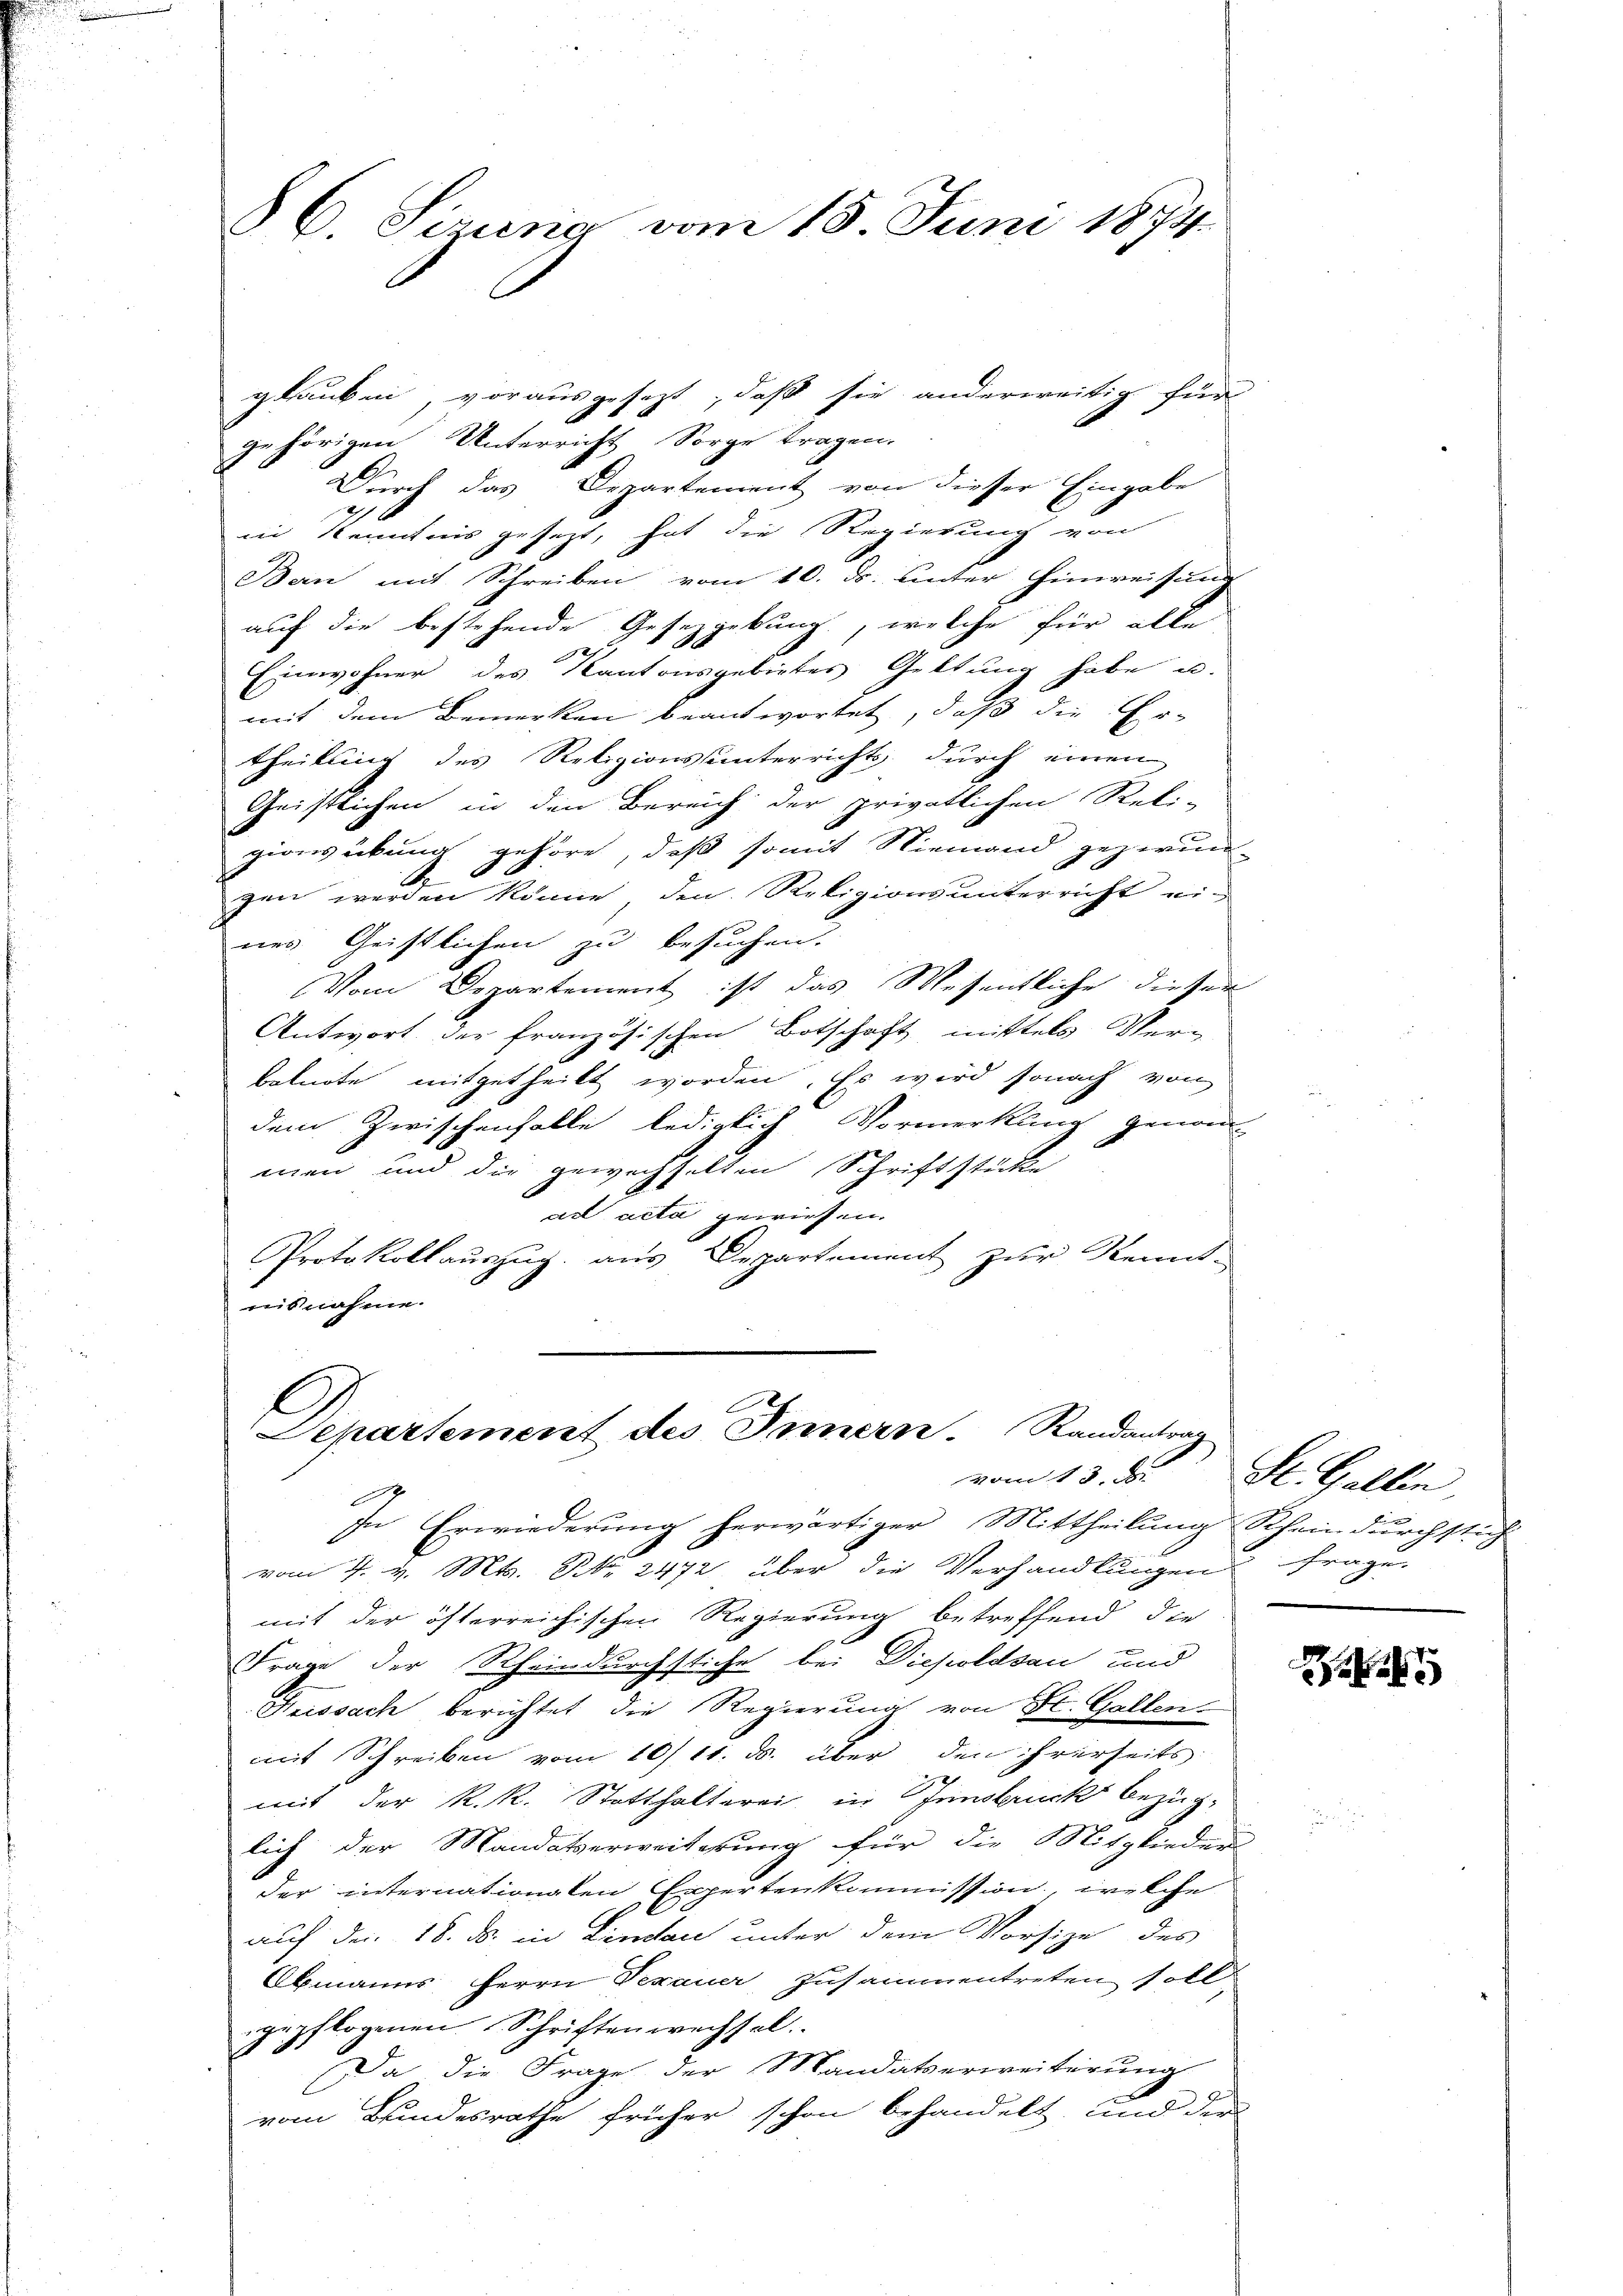
§ 6. Sizung vom 15. Juni 1874.

glauben vorausgesezt, daß sie anderweitig für
gehörigen Unterricht Sorge tragen.
Durch das Departement von dieser Eingabe
in Kenntnis gesezt, hat die Regierung von
Bern mit Schreiben vom 10. ds. unter Hinweisung
auf die bestehende Gesetzgebung, welche für alle
Einwohner des Kantonsgebietes Geltung habe u.
mit dem Bemerken beantwortet, daß die Ertheilung des Religionsunterrichts durch einen
Geistlichen in den Bereich der privatlichen Reli-
zionsübung gehöre, daß somit Niemand gezwun-
gen werden könne, den Religionsunterricht ei-
ner Geistlichen zu besuchen.
Vom Departement ist das Wesentliche dieser
Antwort der französischen Botschaft mittels Verg
beknote mitgetheilt worden. Es wird sonach von
dem Zwischenhalle lediglich Vormerkung genom-
men und die gewachselten Schriftstücke
ad acta gewiesen.
Protokollauszug aus Departement zur Kennt-
nisnahme.

Departement des Innern. Randantrag
vom 13. d.

d
In Erwiederung herwärtiger Mittheilung Schein durchstich
vom 4. v. Mts. N. 2472 über die Verhandlungen frage
mit der österreichischen Regierung betreffend die
Frage der Scheindurchstiche bei Diesoldsau und
Heissach berichtet die Regierung von St. Gallen-
mit Schreiben vom 10/11. ds. über den ihrerseits
mit der k.k. Statthalterei, in Innsbruck bezüg-
lich der Mandatserweiterung für die Mitglieders
der internationalen Expertenkommission, welche
auf den 18. ds. in Lindau unter dem Vorsize des
Obmanns Herrn Texauer zusammentreten soll
gepflogenen Schriften wechsel.
Da die Frage der Mandatserweiterung
vom Bundesrathe früher schon behandelt, und der

St. Gallen

e